Newspaper: The Roanoke daily times.
Place of publication: Roanoke, Va.
Publisher: Roanoke Pub. Co.
Date: 1895-11-17 00:00:00
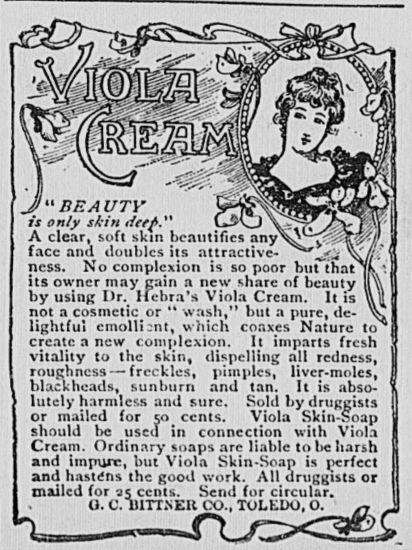
Advertisement text (OCR):
PEA UTY is only skin <{tr{>." A clear, soft skin beautifies any'* face and doubles its attractive? ness. No complexion is so poor hut that' its owner may gain a new share of beauty by using Or. Hebra's Viola Cream. It is not a cosmetic or " wash," but a pure, de? lightful cinolli-nt, which coaxes Nature to^ create a new complexion. It imparts fresh vitality to the skin, dispelling all redness, roughness ? freckles, pimples, liver-moles, blackheads, sunburn and tan. It is abso? lutely harmless and sure. Sold by druggists or mailed for 50 cents. Viola Skin-Soap should be used in connection with Viola Cream. Ordinary soaps are liable to be harsh and impure, but Viola Skin-Soap is perfect and hastens the good work. All druggists or mailed for 35 cents. Send for circular. U. C.llirr.NEU DO., TOLKDO. O.
Label: illustrations